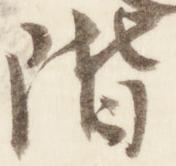
階